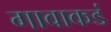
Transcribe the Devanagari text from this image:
गावाकडं